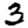
Digit: 3